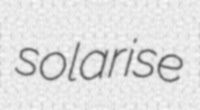
solarise